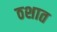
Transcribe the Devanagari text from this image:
ठशात